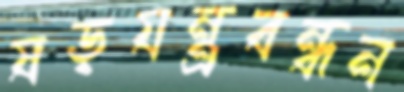
ষড়যন্ত্রবন্ধন